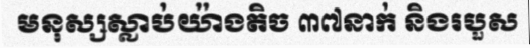
មនុស្សស្លាប់យ៉ាងតិច ៣៧នាក់ និងរបួស